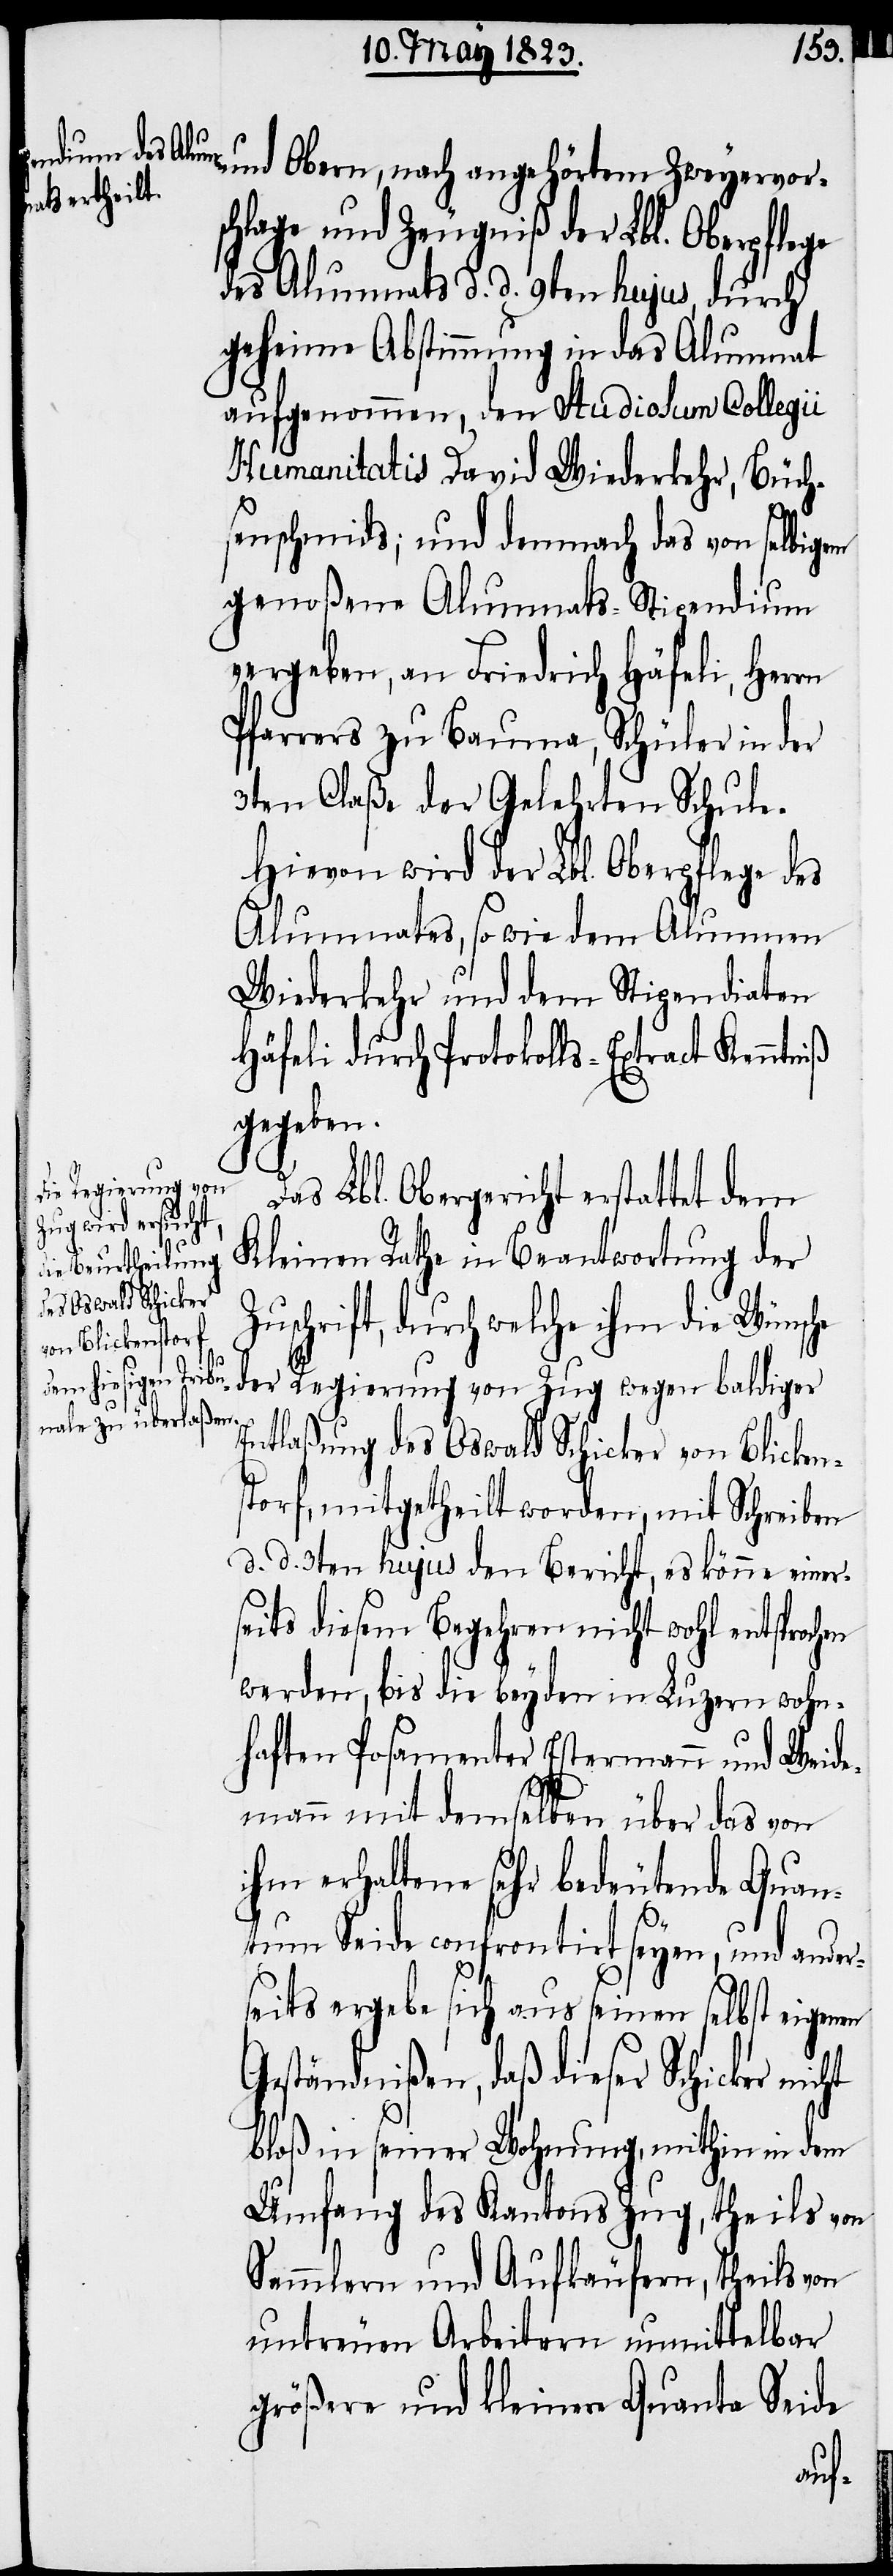
und Obern, nach angehörtem Zweyervors¬
chlage und Zeugniß der Lbl. Oberpflege
des Alumnats d. d. 9ten hujus, durch
geheime Abstimmung in das Alumnat
aufgenommen, den Studiosum Collegii
Humanitatis David Wiederkehr, Büch¬
senschmids; und demnach das von selbigem
genoßene Alumnats-Stipendium
vergeben, an Friedrich Häfeli, Herrn
Pfarrers zu Bauma, Schüler in der
3ten Claße der Gelehrten Schule.
Hievon wird der Lbl. Oberpflege des
Alumnates, so wie dem Alumnen
Wiederkehr und dem Stipendiaten
Häfeli durch Protokolls-Extract Kenntniß
gegeben.
Das Lbl. Obergericht erstattet dem
Kleinen Rathe in Beantwortung der
Zuschrift, durch welche ihm die Wünsche
der Regierung von Zug wegen baldiger
Entlaßung des Oswald Schicker von Blicken¬
storf, mitgetheilt worden, mit Schreiben
d. d. 3ten hujus den Bericht, es könne einer¬
seits diesem Begehren nicht wohl entsprochen
werden, bis die beyden in Luzern wohn¬
haften Posamenter Estermann und Weide¬
mann mit demselben über das von
ihm erhaltene sehr bedeutende Quan¬
tum Seide confrontirt seyen, und ander¬
seits ergebe sich aus seinen selbst eigenen
Geständnißen, daß dieser Schicker
bloß in seiner Wohnung, mithin in dem
Umfang des Kantons Zug, theils von
Sammlern und Aufkäufern, theils von
untreuen Arbeitern unmittelbar
größere und kleinere Quanta Seide